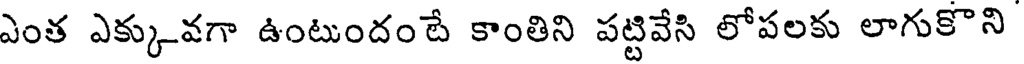
ఎంత ఎక్కువగా ఉంటుందంటే కాంతిని పట్టివేసి లోపలకు లాగుకొని